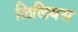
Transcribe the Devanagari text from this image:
लिलियस